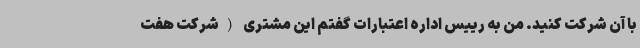
با آن شرکت کنید. من به رییس اداره اعتبارات گفتم این مشتری (شرکت هفت